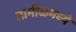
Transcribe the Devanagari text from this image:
तामीळमध्ये